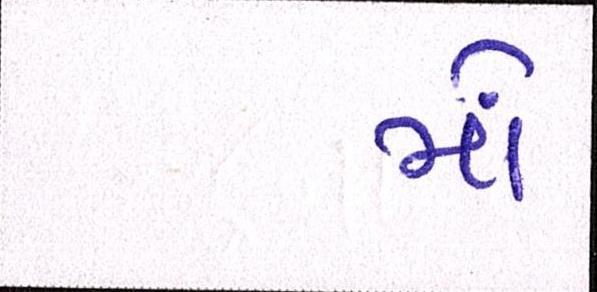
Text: મોં